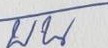
บน